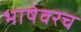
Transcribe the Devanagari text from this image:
भाषेवरच